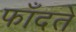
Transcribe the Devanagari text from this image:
फाँदते